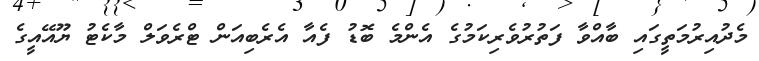
މެދުއިރުމަތީގައި ބާއްވާ ފަތުރުވެރިކަމުގެ އެންމެ ބޮޑު ފެއާ އެރެބިއަން ޓްރެވަލް މާކެޓު ޔޫއޭއީގެ